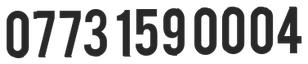
0773 159 0004